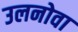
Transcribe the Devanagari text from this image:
उलनोवा